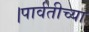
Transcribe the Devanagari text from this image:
।पार्वतीच्या